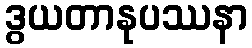
ဒွယတာနုပဿနာ